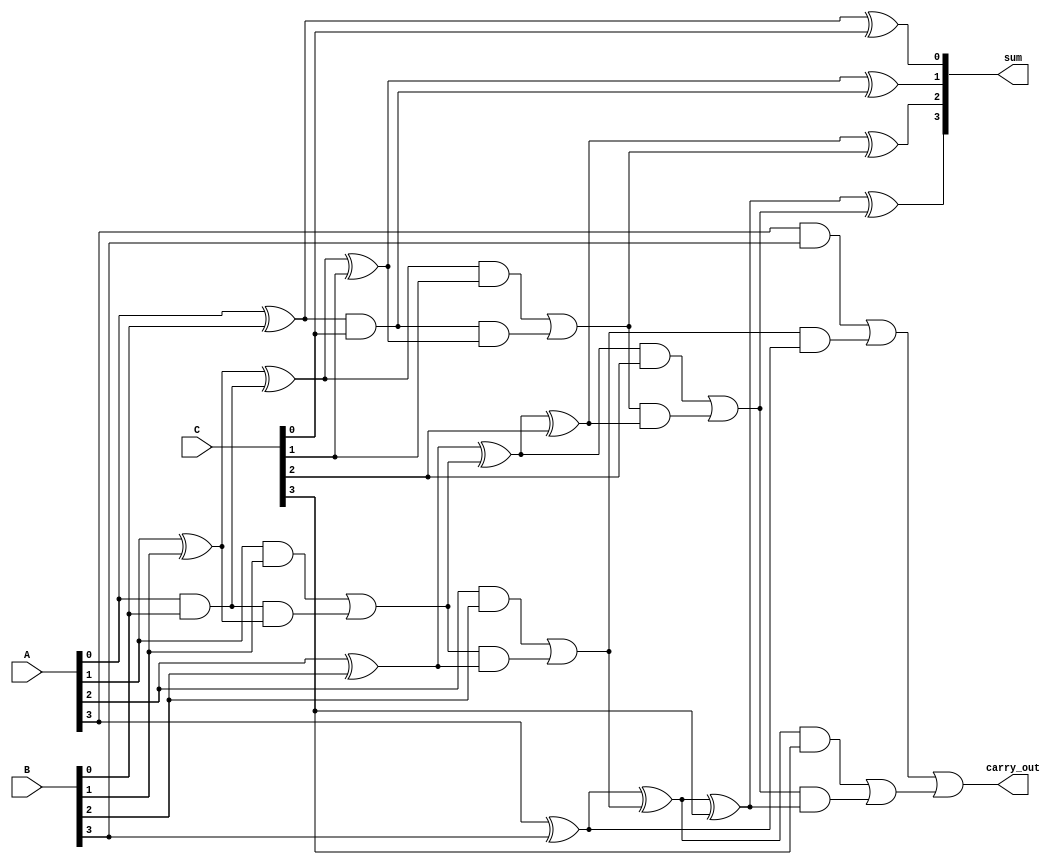
module CarrySaveAdder(
    input [3:0] A, // First operand
    input [3:0] B, // Second operand
    input [3:0] C, // Third operand
    output [4:0] sum, // Final sum output (5 bits to accommodate carry)
    output carry_out // Final carry output
);

    // Internal wires for carry and sum bits
    wire [3:0] sum_intermediate;
    wire [3:0] carry_intermediate;

    // Full Adder for the first two operands (A and B)
    assign sum_intermediate[0] = A[0] ^ B[0];
    assign carry_intermediate[0] = A[0] & B[0];

    assign sum_intermediate[1] = A[1] ^ B[1] ^ carry_intermediate[0];
    assign carry_intermediate[1] = (A[1] & B[1]) | (carry_intermediate[0] & (A[1] ^ B[1]));

    assign sum_intermediate[2] = A[2] ^ B[2] ^ carry_intermediate[1];
    assign carry_intermediate[2] = (A[2] & B[2]) | (carry_intermediate[1] & (A[2] ^ B[2]));

    assign sum_intermediate[3] = A[3] ^ B[3] ^ carry_intermediate[2];
    assign carry_intermediate[3] = (A[3] & B[3]) | (carry_intermediate[2] & (A[3] ^ B[3]));

    // Adding the third operand (C) to the intermediate sum
    assign sum[0] = sum_intermediate[0] ^ C[0];
    wire carry_from_C0 = sum_intermediate[0] & C[0];

    assign sum[1] = sum_intermediate[1] ^ C[1] ^ carry_from_C0;
    wire carry_from_C1 = (sum_intermediate[1] & C[1]) | (carry_from_C0 & (sum_intermediate[1] ^ C[1]));

    assign sum[2] = sum_intermediate[2] ^ C[2] ^ carry_from_C1;
    wire carry_from_C2 = (sum_intermediate[2] & C[2]) | (carry_from_C1 & (sum_intermediate[2] ^ C[2]));

    assign sum[3] = sum_intermediate[3] ^ C[3] ^ carry_from_C2;
    wire carry_from_C3 = (sum_intermediate[3] & C[3]) | (carry_from_C2 & (sum_intermediate[3] ^ C[3]));

    // Final carry out
    assign carry_out = carry_intermediate[3] | carry_from_C3;

endmodule